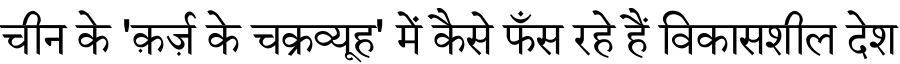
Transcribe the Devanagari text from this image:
चीन के 'क़र्ज़ के चक्रव्यूह' में कैसे फँस रहे हैं विकासशील देश